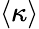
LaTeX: \langle\kappa\rangle